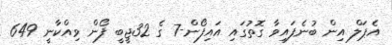
އެޕަލް އިން ބުނެފައިވާ ގޮތުގައި އައިފޯން-7 ގެ 32ޖީބީ ފޯން ވިއްކާނީ 649